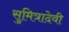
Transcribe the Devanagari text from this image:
सुमित्रादेवी